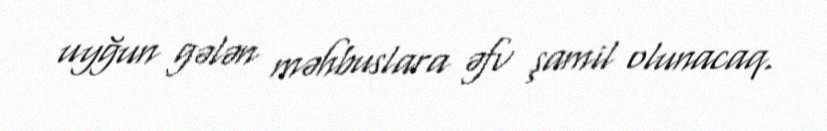
uyğun gələn məhbuslara əfv şamil olunacaq.